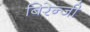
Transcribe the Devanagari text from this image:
बिरेन्जी